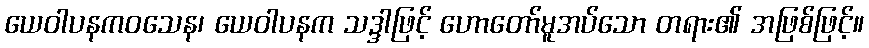
ယေဝါပနကဝသေန၊ ယေဝါပနက သဒ္ဒါဖြင့် ဟောတော်မူအပ်သော တရား၏ အဖြစ်ဖြင့်။